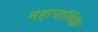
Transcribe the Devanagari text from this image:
महापालिके